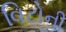
વિટોની